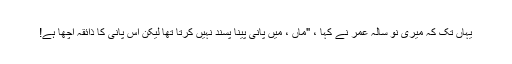
یہاں تک کہ میری نو سالہ عمر نے کہا ، "ماں ، میں پانی پینا پسند نہیں کرتا تھا لیکن اس پانی کا ذائقہ اچھا ہے!